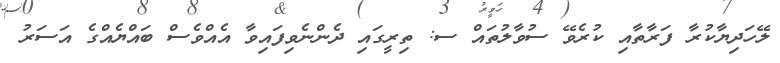
ލޭހަދިޔާކުރާ ފަރާތާއި ކުރެވޭ ސުވާލުތައް ސ: ތިރީގައި ދެންނެވިފައިވާ އެއްވެސް ބައްޔެއްގެ އަސަރު